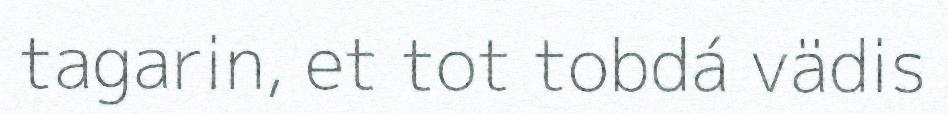
tagarin, et tot tobdá vädis